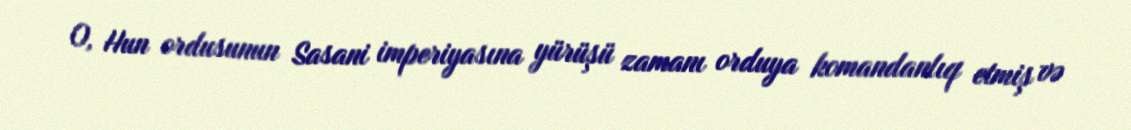
O, Hun ordusunun Sasani imperiyasına yürüşü zamanı orduya komandanlıq etmiş və